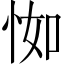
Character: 𢘾